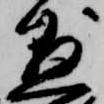
懸